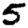
Digit: 5